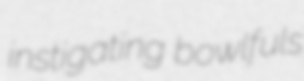
instigating bowlfuls